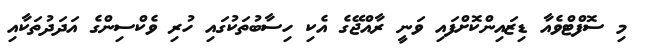
މި ސޮފްޓްވެއާ ޑިޒައިންކޮށްފައި ވަނީ ރާއްޖޭގެ އެކި ހިސާބުތަކުގައި ހުރި ވެކްސިންގެ އަދަދުތަކާއި